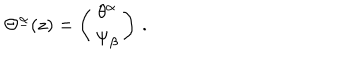
\Theta ^ { \underline { { \alpha } } } ( z ) = \left( \begin{array} { c } { { \theta ^ { \alpha } } } \\ { { \Psi _ { \beta } } } \\ \end{array} \right) \, .